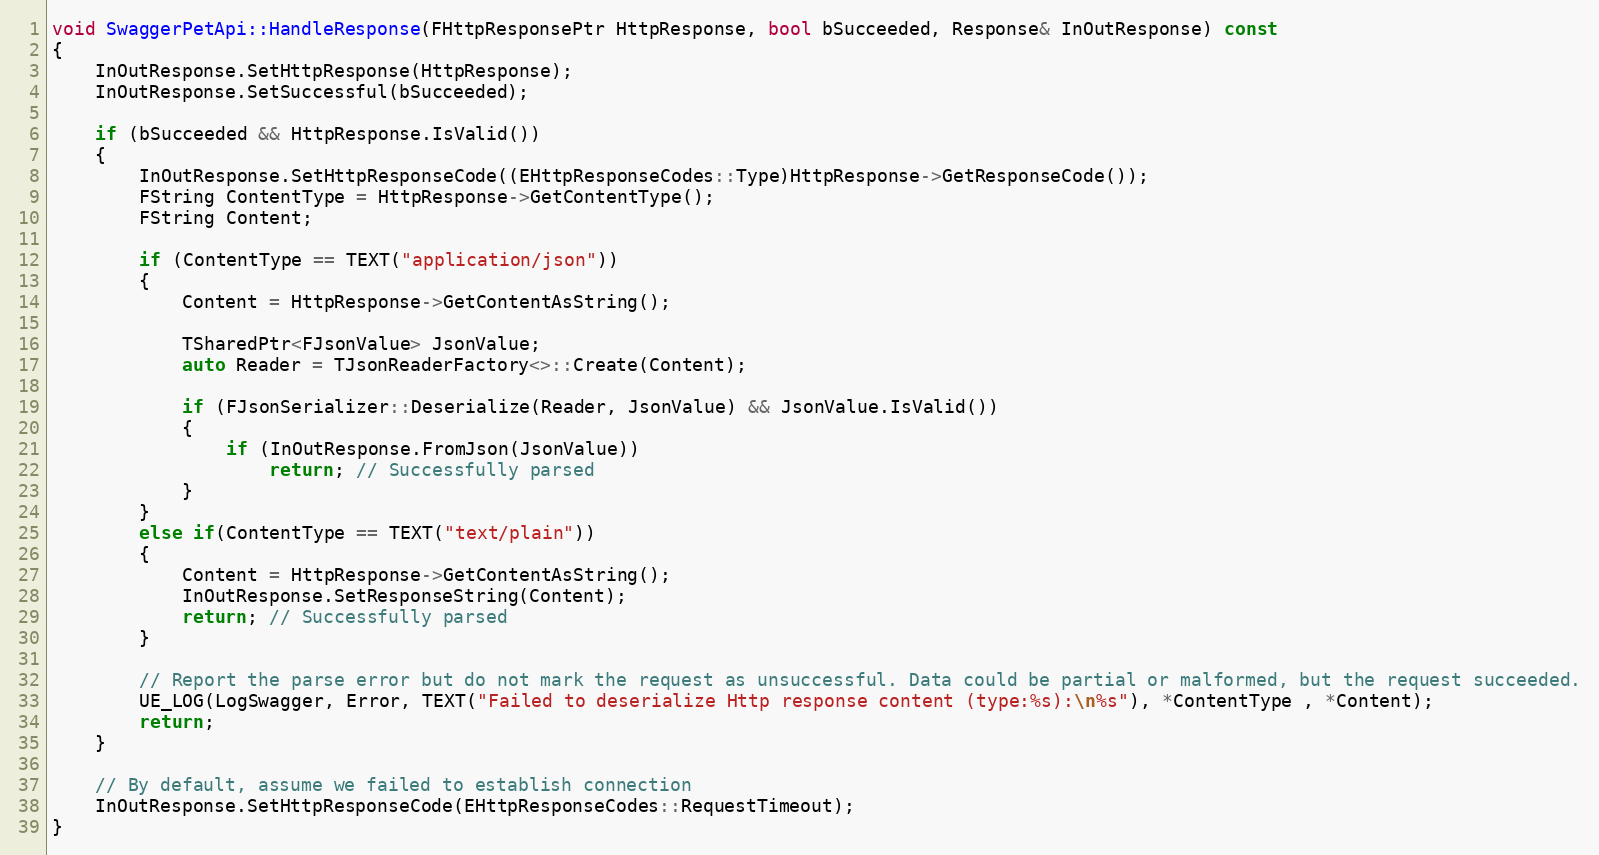
Language: C++
void SwaggerPetApi::HandleResponse(FHttpResponsePtr HttpResponse, bool bSucceeded, Response& InOutResponse) const
{
	InOutResponse.SetHttpResponse(HttpResponse);
	InOutResponse.SetSuccessful(bSucceeded);

	if (bSucceeded && HttpResponse.IsValid())
	{
		InOutResponse.SetHttpResponseCode((EHttpResponseCodes::Type)HttpResponse->GetResponseCode());
		FString ContentType = HttpResponse->GetContentType();
		FString Content;

		if (ContentType == TEXT("application/json"))
		{
			Content = HttpResponse->GetContentAsString();

			TSharedPtr<FJsonValue> JsonValue;
			auto Reader = TJsonReaderFactory<>::Create(Content);

			if (FJsonSerializer::Deserialize(Reader, JsonValue) && JsonValue.IsValid())
			{
				if (InOutResponse.FromJson(JsonValue))
					return; // Successfully parsed
			}
		}
		else if(ContentType == TEXT("text/plain"))
		{
			Content = HttpResponse->GetContentAsString();
			InOutResponse.SetResponseString(Content);
			return; // Successfully parsed
		}

		// Report the parse error but do not mark the request as unsuccessful. Data could be partial or malformed, but the request succeeded.
		UE_LOG(LogSwagger, Error, TEXT("Failed to deserialize Http response content (type:%s):\n%s"), *ContentType , *Content);
		return;
	}

	// By default, assume we failed to establish connection
	InOutResponse.SetHttpResponseCode(EHttpResponseCodes::RequestTimeout);
}